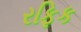
રફિક